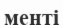
менті